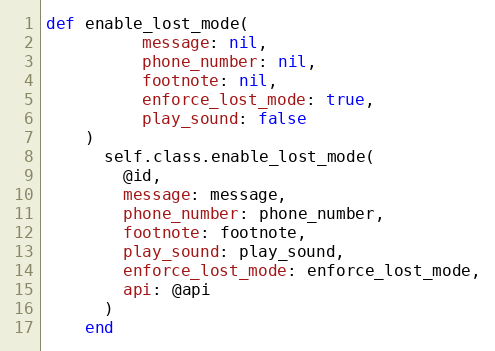
Language: Ruby
def enable_lost_mode(
          message: nil,
          phone_number: nil,
          footnote: nil,
          enforce_lost_mode: true,
          play_sound: false
    )
      self.class.enable_lost_mode(
        @id,
        message: message,
        phone_number: phone_number,
        footnote: footnote,
        play_sound: play_sound,
        enforce_lost_mode: enforce_lost_mode,
        api: @api
      )
    end